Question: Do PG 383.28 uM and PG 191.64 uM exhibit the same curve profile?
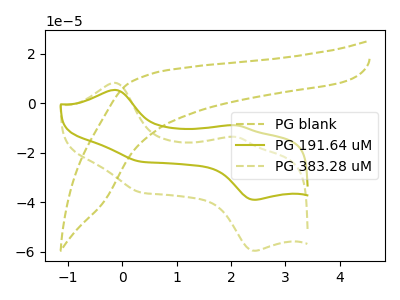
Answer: <think>The olive dashed curve "PG blank" has no peaks. The olive curve "PG 191.64 uM" has anodic peaks at (-0.15V, 5.40uA) (2.10V, -8.90uA) and cathodic peaks at (2.45V, -38.95uA) (0.35V, -23.55uA). The olive dashed curve "PG 383.28 uM" has anodic peaks at (-0.15V, 8.25uA) (2.10V, -13.60uA) and cathodic peaks at (2.45V, -59.50uA) (0.35V, -35.95uA).
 All the peaks in "PG 383.28 uM" have a peak in "PG 191.64 uM" at the same potential.</think>
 <answer>"PG 383.28 uM" and "PG 191.64 uM" are similar in shape.</answer>
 <eval>same_shape</eval>